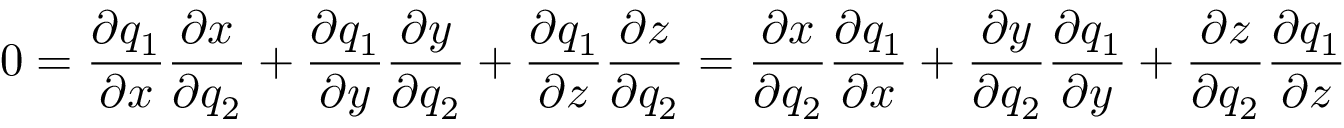
0 = { \frac { \partial q _ { 1 } } { \partial x } } { \frac { \partial x } { \partial q _ { 2 } } } + { \frac { \partial q _ { 1 } } { \partial y } } { \frac { \partial y } { \partial q _ { 2 } } } + { \frac { \partial q _ { 1 } } { \partial z } } { \frac { \partial z } { \partial q _ { 2 } } } = { \frac { \partial x } { \partial q _ { 2 } } } { \frac { \partial q _ { 1 } } { \partial x } } + { \frac { \partial y } { \partial q _ { 2 } } } { \frac { \partial q _ { 1 } } { \partial y } } + { \frac { \partial z } { \partial q _ { 2 } } } { \frac { \partial q _ { 1 } } { \partial z } }